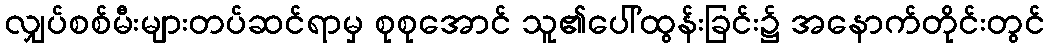
လျှပ်စစ်မီးများတပ်ဆင်ရာမှ စုစုအောင် သူ၏ပေါ်ထွန်းခြင်း၌ အနောက်တိုင်းတွင်